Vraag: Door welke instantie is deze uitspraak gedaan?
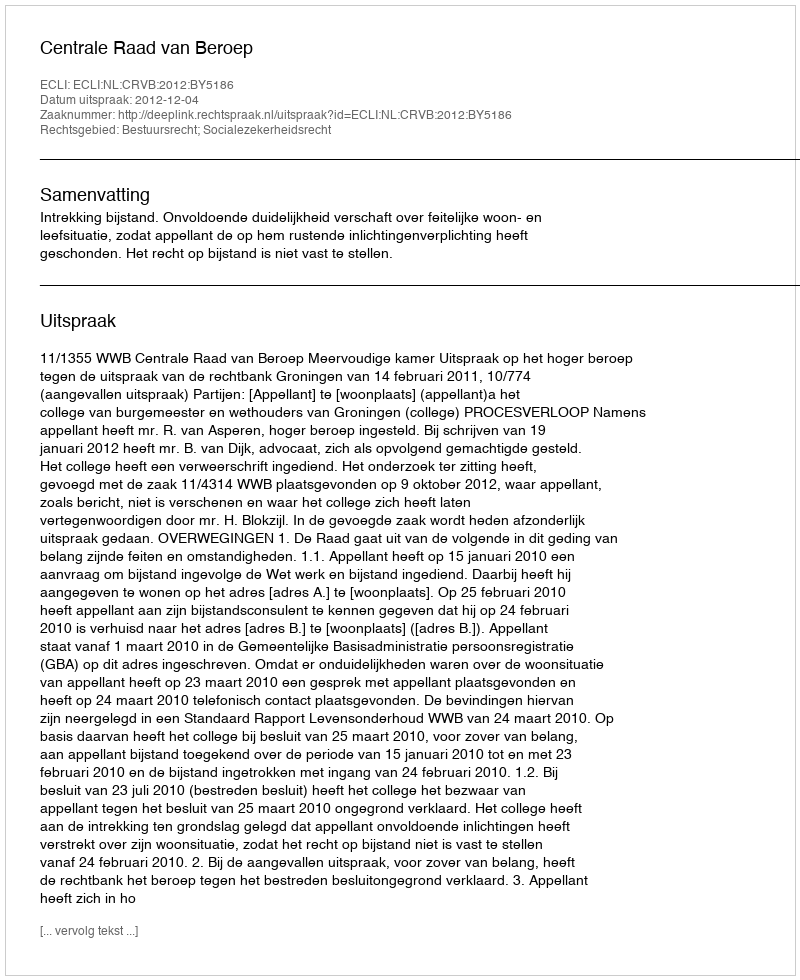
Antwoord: Centrale Raad van Beroep